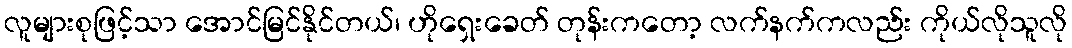
လူများစုဖြင့်သာ အောင်မြင်နိုင်တယ်၊ ဟိုရှေးခေတ် တုန်းကတော့ လက်နက်ကလည်း ကိုယ်လိုသူလို